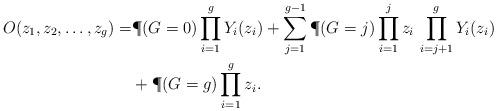
LaTeX: \begin{align*}O(z_1, z_2, \dots, z_g)=&\P(G=0) \prod_{i=1}^g Y_i(z_i)+ \sum_{j=1}^{g-1}\P(G=j)\prod_{i=1}^{j} z_i\, \prod_{i=j+1}^g Y_i(z_i)\\ & + \P(G=g) \prod_{i=1}^g z_i.\end{align*}